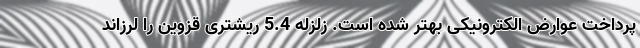
پرداخت عوارض الکترونیکی بهتر شده است. زلزله 5.4 ریشتری قزوین را لرزاند